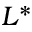
L ^ { * }